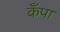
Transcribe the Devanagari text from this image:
कँपा